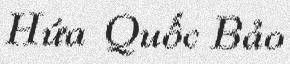
Hứa Quốc Bảo